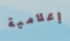
إعلامية